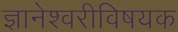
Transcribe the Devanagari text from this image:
ज्ञानेश्वरीविषयक